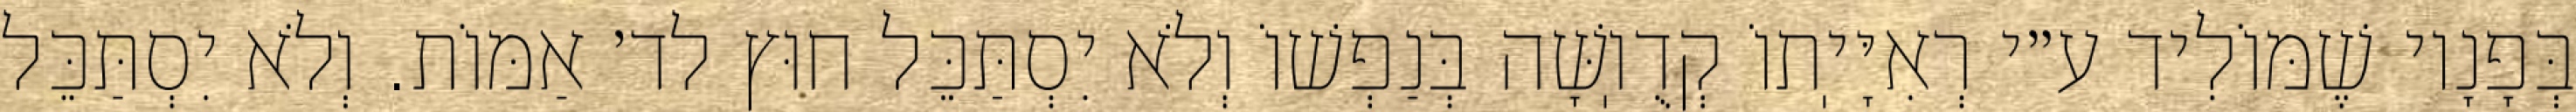
בְּפָנָיו שֶׁמּוֹלִיד ע״י רְאִיָּיֽתוֹ קְדֻוֽשָּׁה בְּנַפְשׁוֹ וְלֹא יִסְתַּכֵּל חוּץ לד׳ אַמּוֹת. וְלֹא יִסְתַּכֵּל